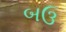
બઉ